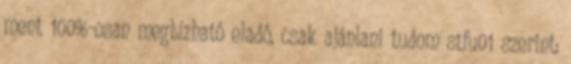
ment 100%-osan megbízható eladó, csak ajánlani tudom stfu01 szerint: